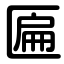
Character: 匾